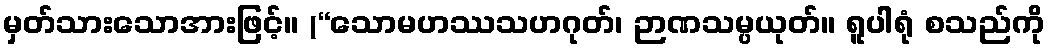
မှတ်သားသောအားဖြင့်။ (“သောမဟဿသဟဂုတ်၊ ဉာဏသမ္ပယုတ်။ ရူပါရုံ စသည်ကို